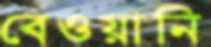
বেওয়ানি